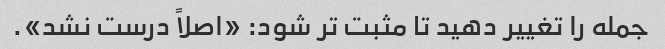
جمله را تغییر دهید تا مثبت تر شود: «اصلاً درست نشد».